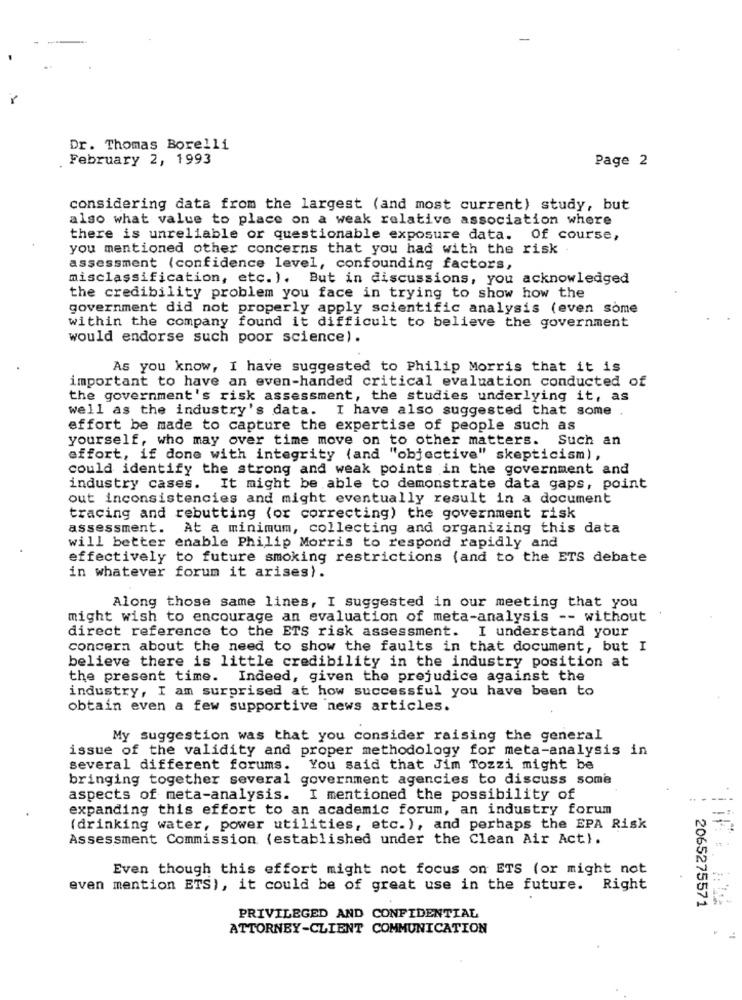
-
Dr. Thomas Borelli
February 2, 1993
Page 2
considering data from the largest (and most current) study, but
also what value to place on a weak relative association where
there is unreliable or questionable exposure data. Of course,
you mentioned other concerns that you had with the risk
assessment (confidence level, confounding factors,
misclassification, etc. ). But in discussions, you acknowledged
the credibility problem you face in trying to show how the
government did not properly apply scientific analysis (even some
within the company found it difficult to believe the government
would endorse such poor science).
As you know, I have suggested to Philip Morris that it is
important to have an even-handed critical evaluation conducted of
the government's risk assessment, the studies underlying it, as
well as the industry's data. I have also suggested that some
effort be made to capture the expertise of people such as
yourself, who may over time move on to other matters. Such an
effort, if done with integrity (and "objective" skepticism),
could identify the strong and weak points in the government and
industry cases. It might be able to demonstrate data gaps, point
out inconsistencies and might eventually result in a document
tracing and rebutting (or correcting) the government risk
assessment. At a minimum, collecting and organizing this data
will better enable Philip Morris to respond rapidly and
effectively to future smoking restrictions (and to the ETS debate
in whatever forum it arises).
Along those same lines, I suggested in our meeting that you
might wish to encourage an evaluation of meta-analysis -- without
direct reference to the ETS risk assessment. I understand your
concern about the need to show the faults in that document, but I
believe there is little credibility in the industry position at
the present time. Indeed, given the prejudice against the
industry, I am surprised at how successful you have been to
obtain even a few supportive news articles.
My suggestion was that you consider raising the general
issue of the validity and proper methodology for meta-analysis in
several different forums.
You said that Jim Tozzi might be
bringing together several government agencies to discuss some
aspects of meta-analysis. I mentioned the possibility of
expanding this effort to an academic forum, an industry forum
(drinking water, power utilities, etc. ), and perhaps the EPA Risk
Assessment Commission (established under the Clean Air Act).
Even though this effort might not focus on ETS (or might not
even mention ETS), it could be of great use in the future. Right
2065275571
PRIVILEGED AND CONFIDENTIAL
ATTORNEY-CLIENT COMMUNICATION